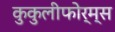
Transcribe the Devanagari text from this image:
कुकुलीफोर्म्स